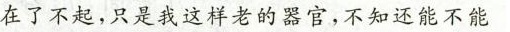
在了不起，只是我这样老的器官，不知还能不能